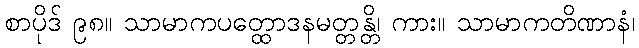
စာပိုဒ် ၉၈။ သာမာကပတ္ထောဒနမတ္တန္တိ၊ ကား။ သာမာကတိဏာနံ၊